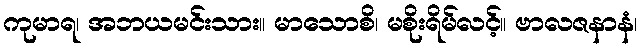
ကုမာရ၊ အဘယမင်းသား။ မာသောစိ၊ မစိုးရိမ်လင့်။ ဗာလဇနာနံ၊